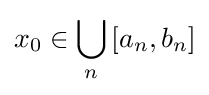
x_{0}\in \bigcup _{n}\left[a_{n},b_{n}\right]